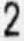
2